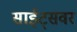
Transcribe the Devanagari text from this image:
साईट्सवर